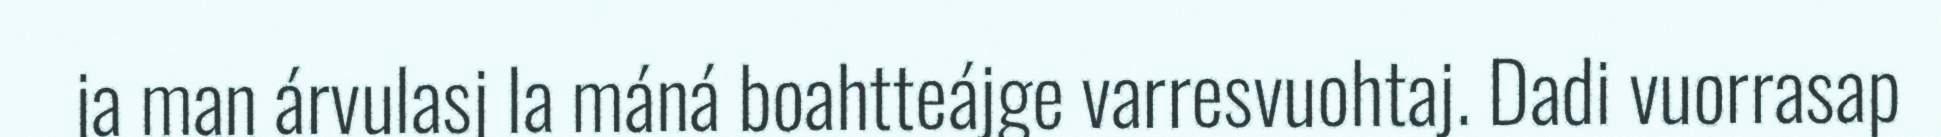
ja man árvulasj la máná boahtteájge varresvuohtaj. Dadi vuorrasap